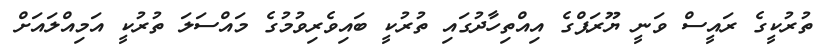
ތުރުކީގެ ރައީސް ވަނީ ޔޫރަޕްގެ އިއްތިހާދުގައި ތުރުކީ ބައިވެރިވުމުގެ މައްސަލަ ތުރުކީ އަމިއްލައަށް